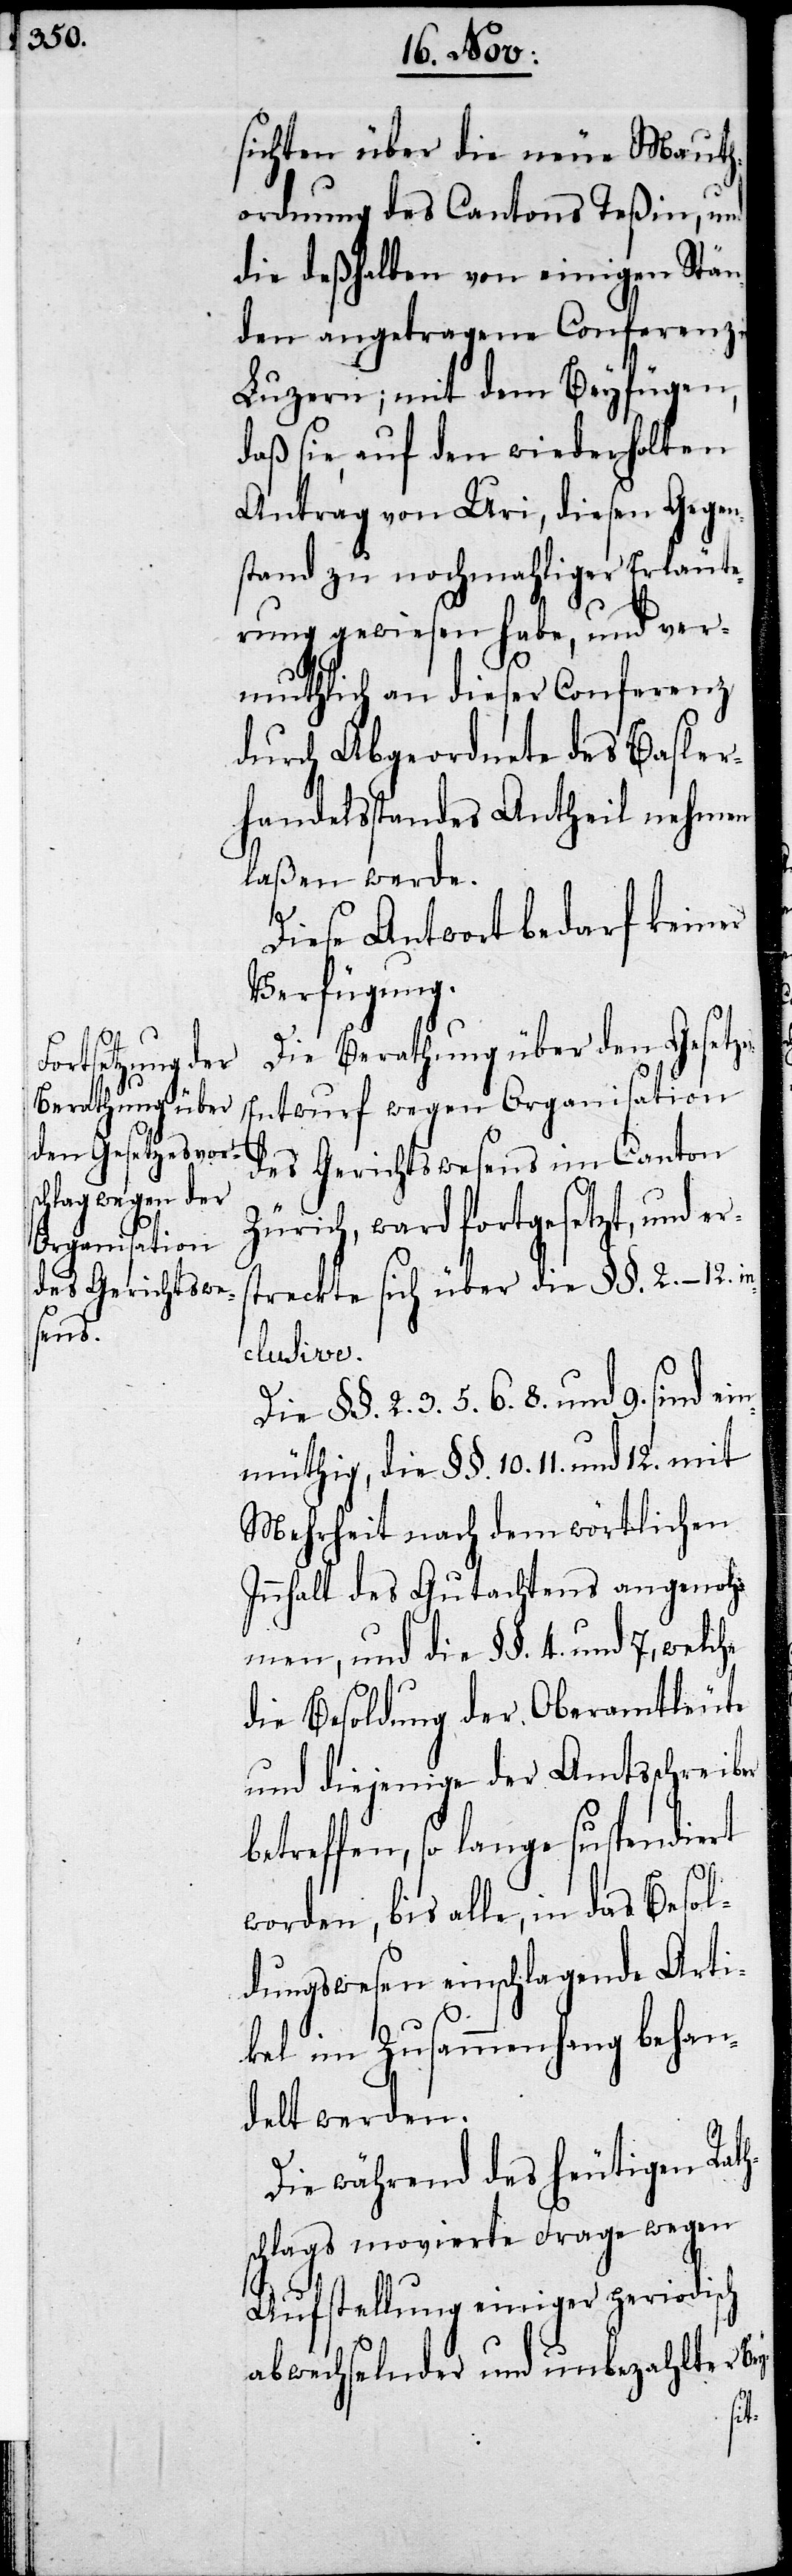
sichten über die neue Mauth¬
ordnung des Cantons Teßin, und
die deßhalben von einigen Stän¬
den angetragene Conferenz
Luzern; mit dem Beyfügen,
daß sie, auf den wiederholten
Antrag von Uri, diesen Gegen¬
stand zu nochmahliger Erläute¬
rung gewiesen habe, und ver¬
muthlich an dieser Conferenz
durch Abgeordnete des Basler¬
handelsstandes Antheil nehmen
laßen werde.
Diese Antwort bedarf keiner
Verfügung.
Die Berathung über den Gesetze¬
s-Entwurf wegen Organisation
des Gerichtswesens im Canton
Zürich, ward fortgesetzt, und ers¬
treckte sich über die §§. 2.–12. in¬
clusive.
§§. 2. 3. 5. 6. 8. und 9. sind ei¬
nmüthig, die §§. 10. 11. und
Mehrheit nach dem wörtlichen
Innhalt des Gutachtens angenoh¬
men, und die §§ 4. und 7,
die Besoldung der Oberamtbehörde
und diejenige der Amtsschreiber
reffen, so lange suspendiert
worden, bis alle, in das Besol¬
dungswesen einschlagende Arti¬
kel im Zusammenhang behan¬
delt werden.
Die während des heutigen Rat¬
hschlags movierte Frage wegen
Aufstellung einiger periodisch
abwechselnder und unbezahlter B¬
ey-